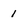
Character: 1